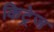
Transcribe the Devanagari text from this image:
किट्रेज